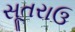
સૂતરાઉ